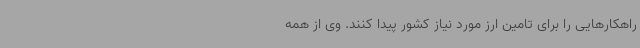
راهکارهایی را برای تامین ارز مورد نیاز کشور پیدا کنند. وی از همه